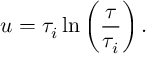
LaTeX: u = \tau _ { i } \ln \left( { \frac { \tau } { \tau _ { i } } } \right) .